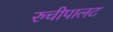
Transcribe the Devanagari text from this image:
रुचीपालट